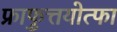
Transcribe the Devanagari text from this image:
फ्राफुत्तयोत्फा